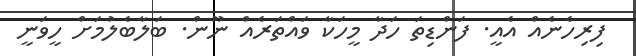
ފިރިހެނެއް އެއީ. ފަންޑިތަ ހަދާ މީހަކާ ވައްތަރެއް ނޫން. ބަލާބެލުމަށް ހީވަނީ